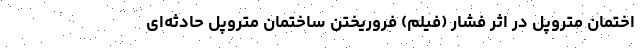
اختمان متروپل در اثر فشار (فیلم) فروریختن ساختمان متروپل حادثه‌ای